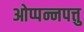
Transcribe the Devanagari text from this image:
ओप्पन्नपत्तु